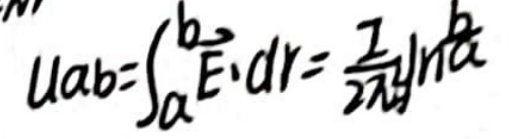
$u_{ab}=\int_{a}^{b} \vec{E} \cdot d\vec{r}=\frac{1}{2\pi\epsilon_0}\ln\frac{b}{a}$